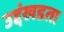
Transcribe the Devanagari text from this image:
उद्दंखडता